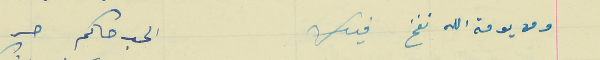
ومن يومة الله نفخ فيك                                     الحب حاكم حر